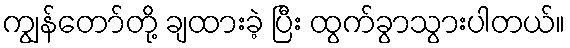
ကျွန်တော်တို့ ချထားခဲ့ ပြီး ထွက်ခွာသွားပါတယ်။